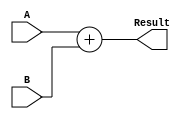
module adder #(parameter LENGTH = 32)(
//Inputs
 input signed [LENGTH-1:0] A,
 input signed [LENGTH-1:0] B,
 output reg signed [LENGTH-1:0] Result
);

wire [LENGTH-1:0] Suma;

//Set All the ALU logic into wires outside the Always statement.
assign Suma = A+B;     //Current assignment for sum of two signed numbers (a, b)

//Always to Mux the output.
always @ * begin
	  Result= Suma;
	  //default:Result= {LENGTH{1'b0}};
end

endmodule